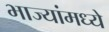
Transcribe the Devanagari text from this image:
भाज्यांमध्ये